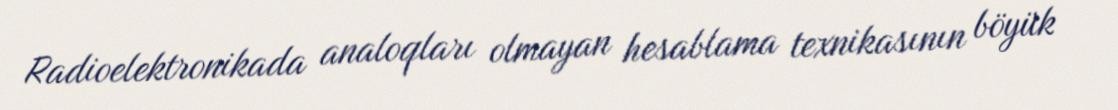
Radioelektronikada analoqları olmayan hesablama texnikasının böyük